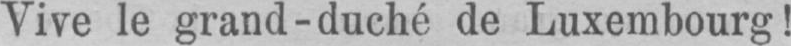
Vive le grand-duché de Luxembourg!